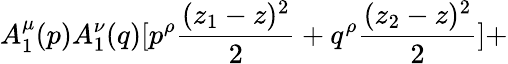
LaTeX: A_{1}^{\mu}(p)A_{1}^{\nu}(q)[p^{\rho}{\frac{(z_{1}-z)^{2}}{2}}+q^{\rho}{\frac{(z_{2}-z)^{2}}{2}}]+